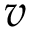
v